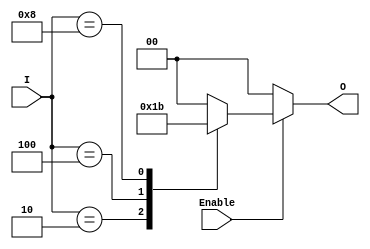
module binary_encoder (
    input wire [3:0] I,      // 4 input lines
    input wire Enable,       // Enable signal
    output reg [1:0] O       // 2 output lines
);

// Always block to implement combinational logic
always @(*) begin
    if (!Enable) begin
        // If Enable is low, set output to 0
        O = 2'b00;
    end else begin
        case (I)
            4'b0001: O = 2'b00; // I0 is active
            4'b0010: O = 2'b01; // I1 is active
            4'b0100: O = 2'b10; // I2 is active
            4'b1000: O = 2'b11; // I3 is active
            default: O = 2'b00;  // No active input or multiple active inputs
        endcase
    end
end

endmodule